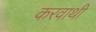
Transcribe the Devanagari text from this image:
करवाथी